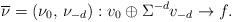
LaTeX: \begin{align*} \overline{\nu}=(\nu_0,\,\nu_{-d}):v_0\oplus \Sigma^{-d}v_{-d}\rightarrow f.\end{align*}